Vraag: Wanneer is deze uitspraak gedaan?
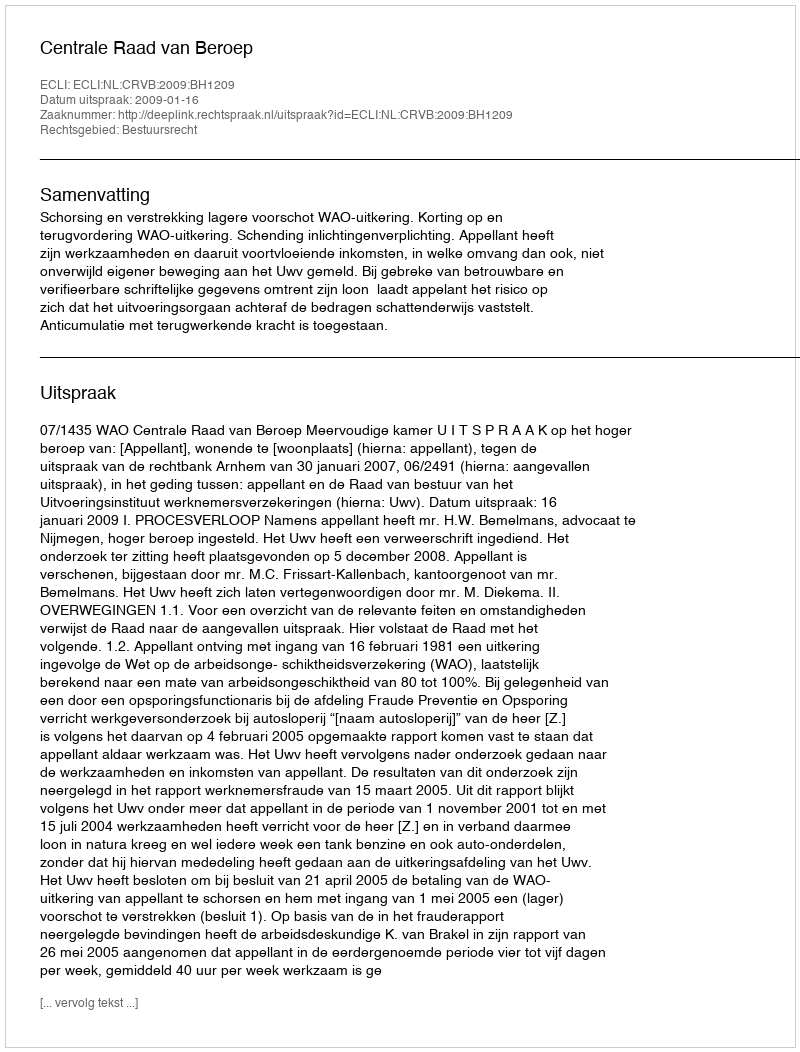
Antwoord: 2009-01-16